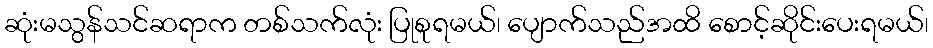
ဆုံးမသွန်သင်ဆရာက တစ်သက်လုံး ပြုစုရမယ်၊ ပျောက်သည်အထိ စောင့်ဆိုင်းပေးရမယ်၊